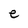
Character: e